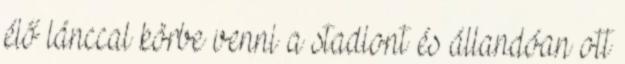
élő lánccal körbe venni a stadiont és állandóan ott